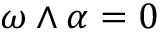
\omega \wedge \alpha = 0